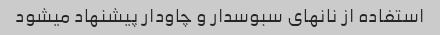
استفاده از نانهای سبوسدار و چاودار پیشنهاد میشود